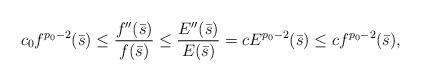
LaTeX: \begin{align*}c_0 f^{p_0-2}(\bar s)\leq\frac{f''(\bar s)}{f(\bar s)}\leq \frac{E''(\bar s)}{E(\bar s)}=c E^{p_0-2}(\bar s)\leq c f^{p_0-2}(\bar s),\end{align*}